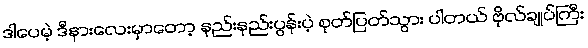
ဒါပေမဲ့ ဒီနားလေးမှာတော့ နည်းနည်းပွန်းပဲ့ စုတ်ပြတ်သွား ပါတယ် ဗိုလ်ချုပ်ကြီး